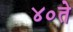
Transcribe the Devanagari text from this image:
४०ते